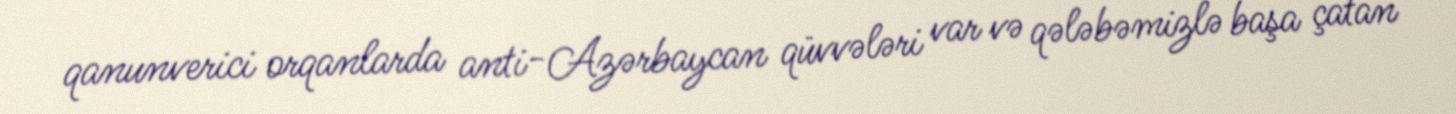
qanunverici orqanlarda anti-Azərbaycan qüvvələri var və qələbəmizlə başa çatan